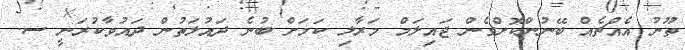
ތޫނު އެއްޗެއް ބޭނުންކޮށްގެން ޖައިލަމް މަރާލި ކަމަށް ބުނެ ދައުލަތުން ދައުވާކުރަނީ ސ.